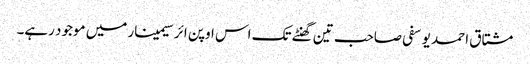
مشتاق احمد یوسفی صاحب تین گھنٹے تک اس اوپن ائر سیمینار میں موجود رہے۔